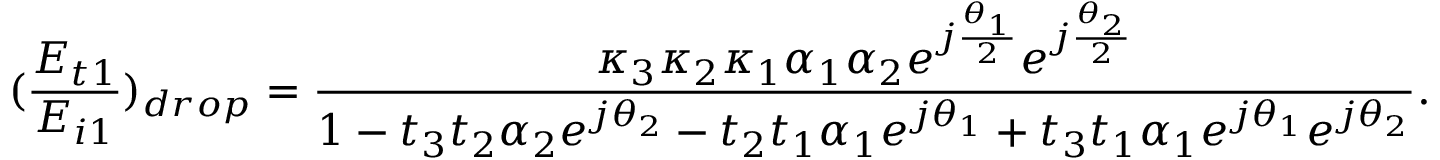
( \frac { E _ { t 1 } } { E _ { i 1 } } ) _ { d r o p } = \frac { \kappa _ { 3 } \kappa _ { 2 } \kappa _ { 1 } \alpha _ { 1 } \alpha _ { 2 } e ^ { j \frac { \theta _ { 1 } } { 2 } } e ^ { j \frac { \theta _ { 2 } } { 2 } } } { 1 - t _ { 3 } t _ { 2 } \alpha _ { 2 } e ^ { j \theta _ { 2 } } - t _ { 2 } t _ { 1 } \alpha _ { 1 } e ^ { j \theta _ { 1 } } + t _ { 3 } t _ { 1 } \alpha _ { 1 } e ^ { j \theta _ { 1 } } e ^ { j \theta _ { 2 } } } .